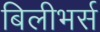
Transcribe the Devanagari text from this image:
बिलीभर्स